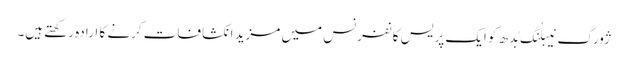
ژورگ نیبلُنگ بُدھ کو ایک پریس کانفرنس میں مزید انکشافات کرنے کا ارادہ رکھتے ہیں۔